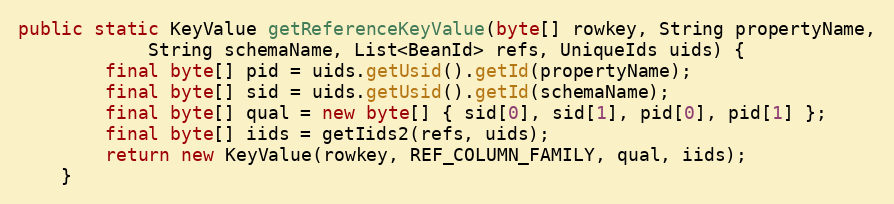
Language: Java
public static KeyValue getReferenceKeyValue(byte[] rowkey, String propertyName,
            String schemaName, List<BeanId> refs, UniqueIds uids) {
        final byte[] pid = uids.getUsid().getId(propertyName);
        final byte[] sid = uids.getUsid().getId(schemaName);
        final byte[] qual = new byte[] { sid[0], sid[1], pid[0], pid[1] };
        final byte[] iids = getIids2(refs, uids);
        return new KeyValue(rowkey, REF_COLUMN_FAMILY, qual, iids);
    }